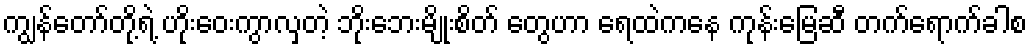
ကျွန်တော်တို့ရဲ့ ဟိုးဝေးကွာလှတဲ့ ဘိုးဘေးမျိုးစိတ် တွေဟာ ရေထဲကနေ ကုန်းမြေဆီ တက်ရောက်ခါစ